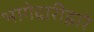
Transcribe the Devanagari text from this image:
भागेदारीद्वारे